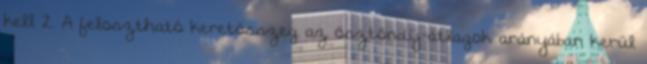
kell 2. A felosztható keretösszeg az ösztöndíj-átlagok arányában kerül